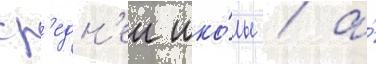
ср'едн'еи шко́лы / а́